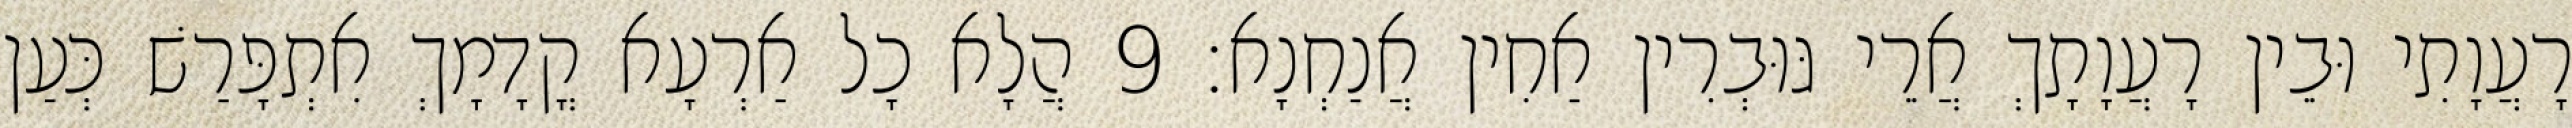
רָעֲוָתִי וּבֵין רָעֲוָתָךְ אֲרֵי גּוּבְרִין אַחִין אֲנַחְנָא׃ 9 הֲלָא כָל אַרְעָא קֳדָמָךְ אִתְפָּרַשׁ כְּעַן